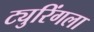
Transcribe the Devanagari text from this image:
ट्युरिंगला